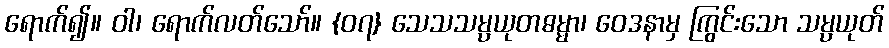
ရောက်၍။ ဝါ၊ ရောက်လတ်သော်။ {၀၇} သေသသမ္ပယုတဓမ္မာ၊ ဝေဒနာမှ ကြွင်းသော သမ္ပယုတ်